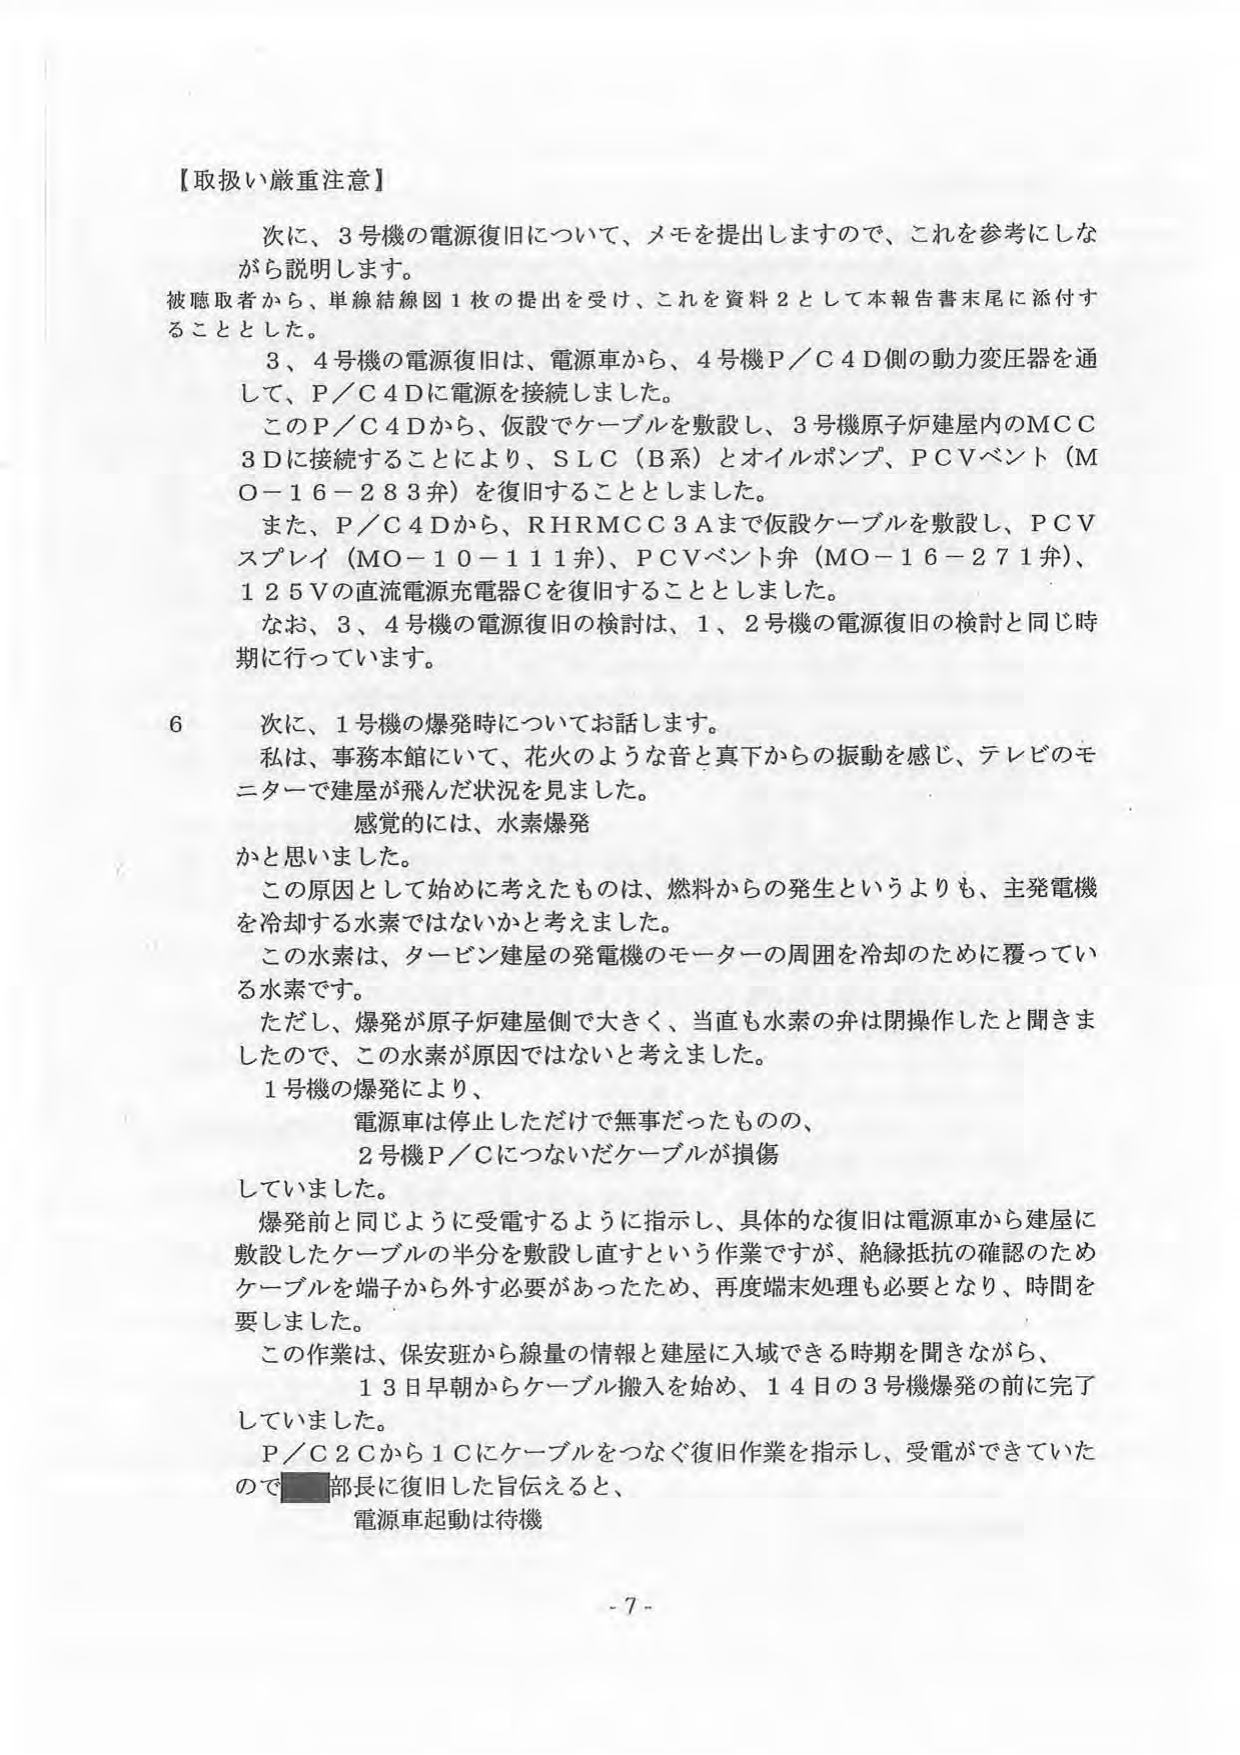
【取扱い厳重注意】

次に、3号機の電源復旧について、メモを提出しますので、これを参考にしながら説明します。
被聴取者から、単線結線図1枚の提出を受け、これを資料2として本報告書末尾に添付することとした。
　3、4号機の電源復旧は、電源車から、4号機P／C4D側の動力変圧器を通して、P／C4Dに電源を接続しました。
　このP／C4Dから、仮設でケーブルを敷設し、3号機原子炉建屋内のMCC3Dに接続することにより、SLC（B系）とオイルポンプ、PCVベント（MO－16－283弁）を復旧することとしました。
　また、P／C4Dから、RHRMCC3Aまで仮設ケーブルを敷設し、PCVスプレイ（MO－10－111弁）、PCVベント弁（MO－16－271弁）、125Vの直流電源充電器Cを復旧することとしました。
　なお、3、4号機の電源復旧の検討は、1、2号機の電源復旧の検討と同じ時期に行っています。

6　次に、1号機の爆発時についてお話します。
　私は、事務本館にいて、花火のような音と真下からの振動を感じ、テレビのモニターで建屋が飛んだ状況を見ました。
　　　感覚的には、水素爆発
かと思いました。
　この原因として始めに考えたものは、燃料からの発生というよりも、主発電機を冷却する水素ではないかと考えました。
　この水素は、タービン建屋の発電機のモーターの周囲を冷却のために覆っている水素です。
　ただし、爆発が原子炉建屋側で大きく、当直も水素の弁は閉操作したと聞きましたので、この水素が原因ではないと考えました。
　1号機の爆発により、
　　　電源車は停止しただけで無事だったものの、
　　　2号機P／Cにつないだケーブルが損傷
していました。
　爆発前と同じように受電するように指示し、具体的な復旧は電源車から建屋に敷設したケーブルの半分を敷設し直すという作業ですが、絶縁抵抗の確認のためケーブルを端子から外す必要があったため、再度端末処理も必要となり、時間を要しました。
　この作業は、保安班から線量の情報と建屋に入域できる時期を聞きながら、
　　　13日早朝からケーブル搬入を始め、14日の3号機爆発の前に完了していました。
　P／C2Cから1Cにケーブルをつなぐ復旧作業を指示し、受電ができていたので■部長に復旧した旨伝えると、
　　　電源車起動は待機

- 7 -